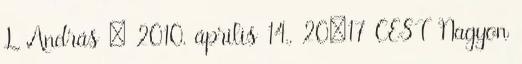
L András → 2010. április 14., 20:17 CEST Nagyon